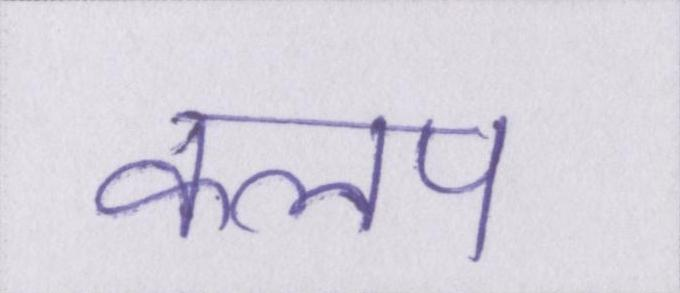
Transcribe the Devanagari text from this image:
कलप